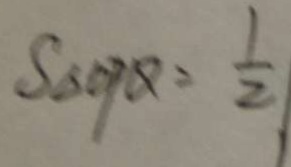
S _ { \Delta } O P Q = \frac { 1 } { 2 }